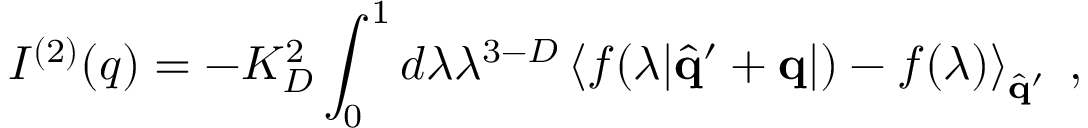
I ^ { ( 2 ) } ( q ) = - K _ { D } ^ { 2 } \int _ { 0 } ^ { 1 } d \lambda \lambda ^ { 3 - D } \left\langle f ( \lambda | \hat { \bf { q } } ^ { \prime } + { \bf { q } } | ) - f ( \lambda ) \right\rangle _ { \hat { \bf { q } } ^ { \prime } } \; ,